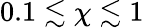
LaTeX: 0.1\lesssim\chi\lesssim 1